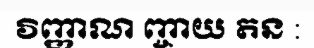
វិញ្ញាណ ញ្ចាយ តន :